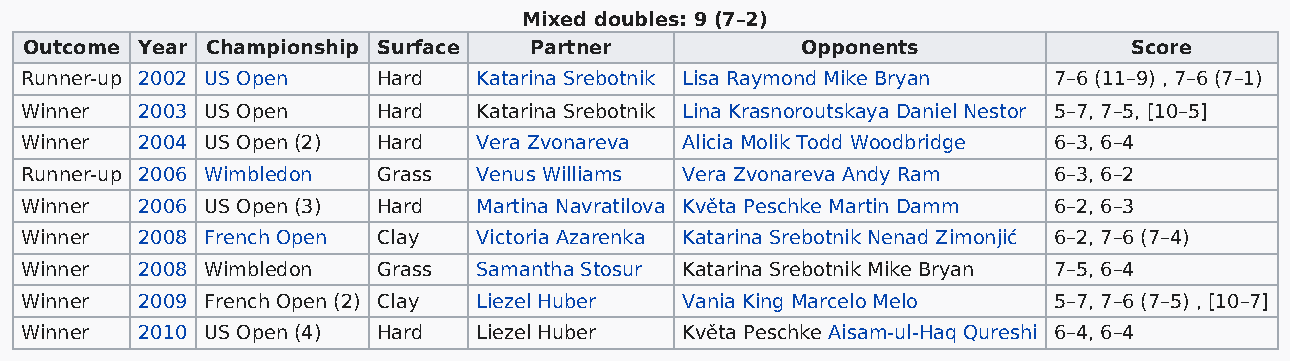
Mixed doubles: 9 (7–2)
 Outcome Year Championship Surface Partner          Opponents             Score
 Runner-up 2002 US Open  Hard   Katarina Srebotnik Lisa Raymond Mike Bryan 7–6 (11–9) , 7–6 (7–1)
 Winner  2003 US Open    Hard   Katarina Srebotnik Lina Krasnoroutskaya Daniel Nestor 5–7, 7–5, [10–5]
 Winner  2004 US Open (2) Hard  Vera Zvonareva Alicia Molik Todd Woodbridge 6–3, 6–4
 Runner-up 2006 Wimbledon Grass Venus Williams Vera Zvonareva Andy Ram 6–3, 6–2
 Winner  2006 US Open (3) Hard  Martina Navratilova Květa Peschke Martin Damm 6–2, 6–3
 Winner  2008 French Open Clay  Victoria Azarenka Katarina Srebotnik Nenad Zimonjić 6–2, 7–6 (7–4)
 Winner  2008 Wimbledon  Grass  Samantha Stosur Katarina Srebotnik Mike Bryan 7–5, 6–4
 Winner  2009 French Open (2) Clay Liezel Huber Vania King Marcelo Melo 5–7, 7–6 (7–5) , [10–7]
 Winner  2010 US Open (4) Hard  Liezel Huber Květa Peschke Aisam-ul-Haq Qureshi 6–4, 6–4